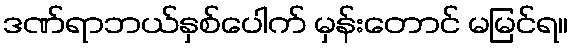
ဒဏ်ရာဘယ်နှစ်ပေါက် မှန်းတောင် မမြင်ရ။